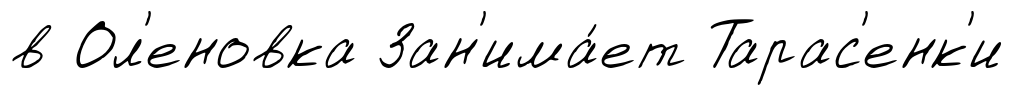
в Ол'еновка Зан'има́ет Тарас'енк'и